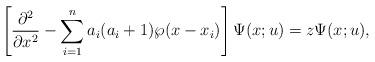
LaTeX: \begin{align*}\left[{\partial^2\over \partial x^2 } - \sum_{i=1}^n a_i(a_i+1)\wp(x-x_i)\right]\Psi(x;u)= z\Psi(x;u), \end{align*}